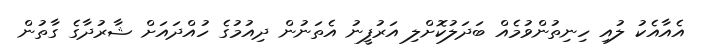
އެއާއެކު ލުއި ހިނިތުންވުމެއް ބަދަލުކޮށްލި އަރުފީނު އެތަނުން ދިއުމުގެ ހުއްދައަށް ޝާރުދާގެ ގާތުން